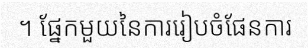
។ ផ្នែកមួយនៃការរៀបចំផែនការ